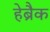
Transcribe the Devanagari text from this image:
हेब्रैक